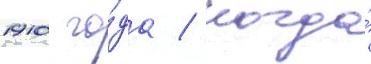
1910 го́да / когда́